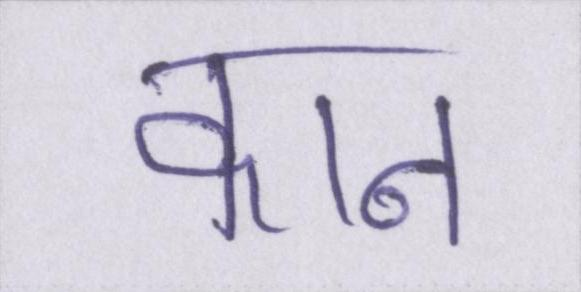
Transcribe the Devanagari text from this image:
कान